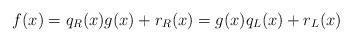
LaTeX: \begin{align*}f(x)=q_R(x)g(x)+r_R(x)=g(x)q_L(x)+r_L(x)\end{align*}